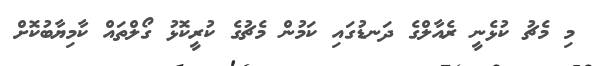
މި މެޗު ކުޅެނީ ރެއާލްގެ ދަނޑުގައި ކަމުން މެޗުގެ ކުރީކޮޅު ގޯލްތައް ކާމިޔާބުކޮށް